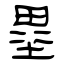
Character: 塁